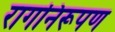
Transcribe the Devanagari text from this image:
रागनिरूपण